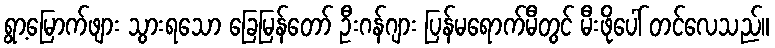
ရွာ့မြောက်ဖျား သွားရသော ခြေမြန်တော် ဦးဂန်ဂျား ပြန်မရောက်မီတွင် မီးဖိုပေါ် တင်လေသည်။